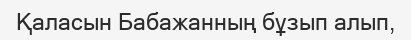
Қаласын Бабажанның бұзып алып,